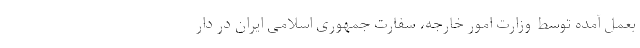
بعمل آمده توسط وزارت امور خارجه، سفارت جمهوری اسلامی ایران در دار